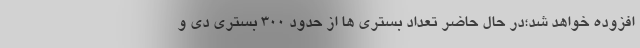
افزوده خواهد شد؛در حال حاضر تعداد بستری ها از حدود 300 بستری دی و